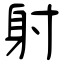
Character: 射